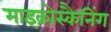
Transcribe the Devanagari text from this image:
माइक्रोस्कैनिंग